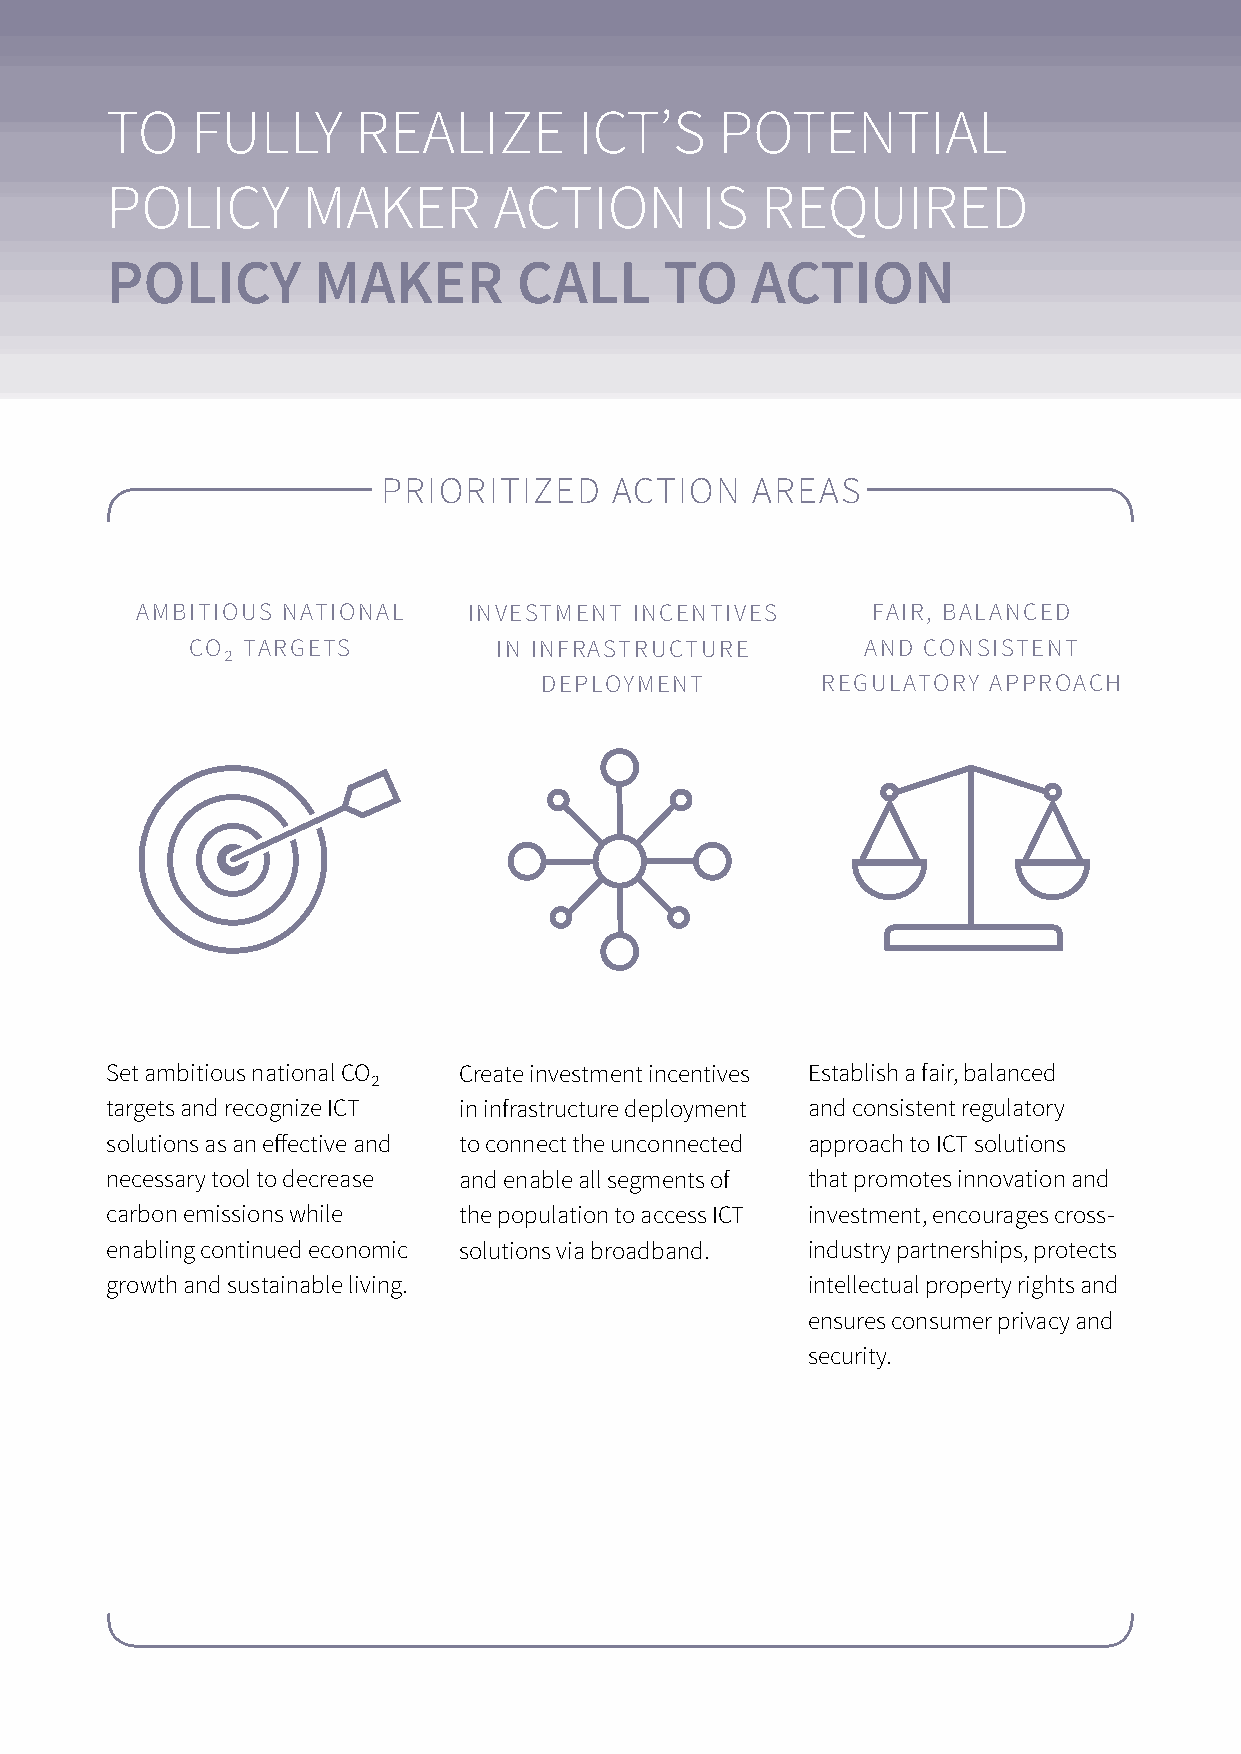
To    fully     ReAlize        icT’S     poTeNTiAl
 policy       MAkeR        AcTioN       iS  ReQuiRed
 POLICY        MAKER        CALL      TO    ACTION
 pRioRiTized    A cTioN  AReAS
 AMbiTiou S NATioNAl   iNveSTMeNT iNceNTiveS      fAiR, bAl ANced
 co₂ TARGeTS         iN iNfRASTRuc TuRe      ANd coNSiSTeNT
 deployMeNT        ReGul AToRy AppRo Ach
 Set ambitious national co₂ create investment incentives establish a fair, balanced
 targets and recognize icT in infrastructure deployment and consistent regulatory
 solutions as an effective and to connect the unconnected approach to icT solutions
 necessary tool to decrease and enable all segments of that promotes innovation and
 carbon emissions while the population to access icT investment, encourages cross-
 enabling continued economic solutions via broadband. industry partnerships, protects
 growth and sustainable living.                intellectual property rights and
 ensures consumer privacy and
 security.